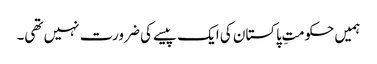
ہمیں حکومتِ پاکستان کی ایک پیسے کی ضرورت نہیں تھی۔